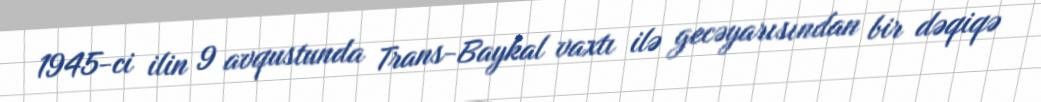
1945-ci ilin 9 avqustunda Trans-Baykal vaxtı ilə gecəyarısından bir dəqiqə